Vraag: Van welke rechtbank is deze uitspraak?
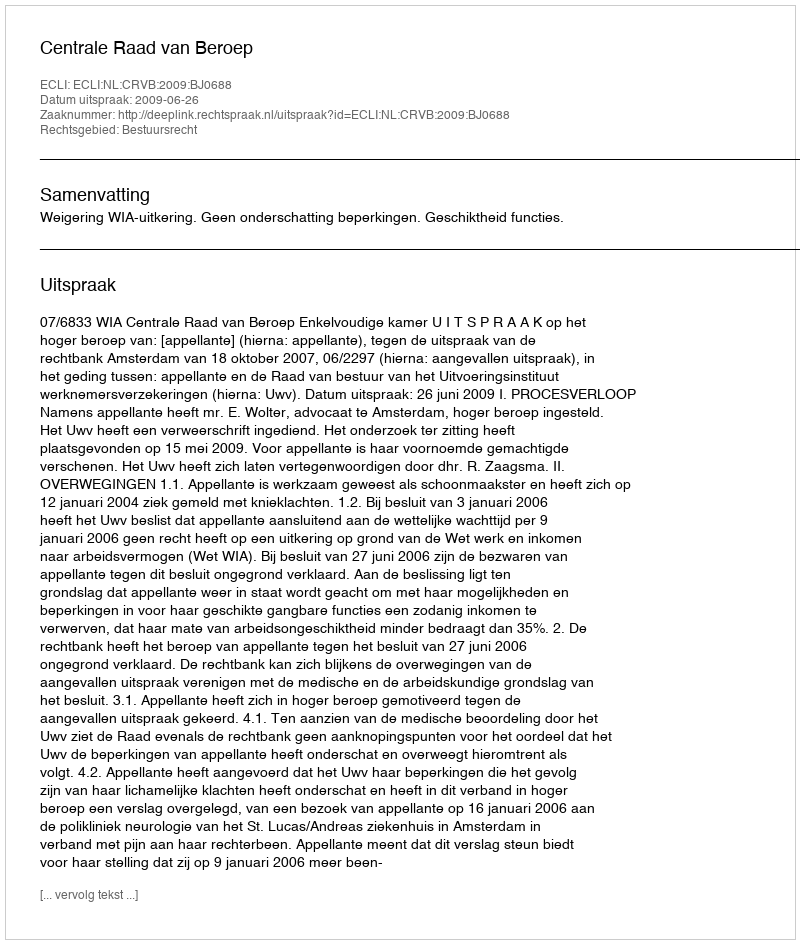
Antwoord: Centrale Raad van Beroep